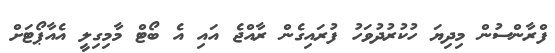
ފްރާންސުން މިދިޔަ ހުކުރުދުވަހު ފުރައިގެން ރާއްޖެ އައި އެ ބޯޓް މާމިގިލީ އެއާޕޯޓަށް